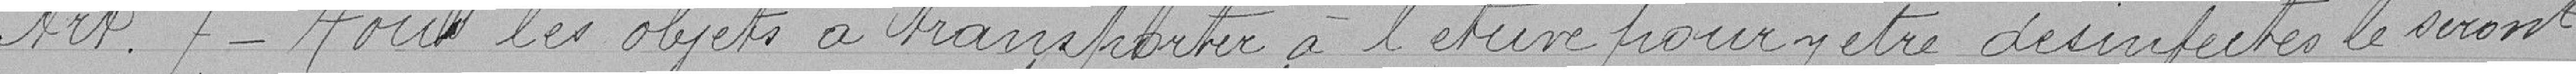
Art. 7 - Tous les objets à transporter à l'étrine pour y être désinfectés le seront